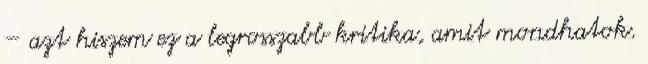
– azt hiszem ez a legrosszabb kritika, amit mondhatok.